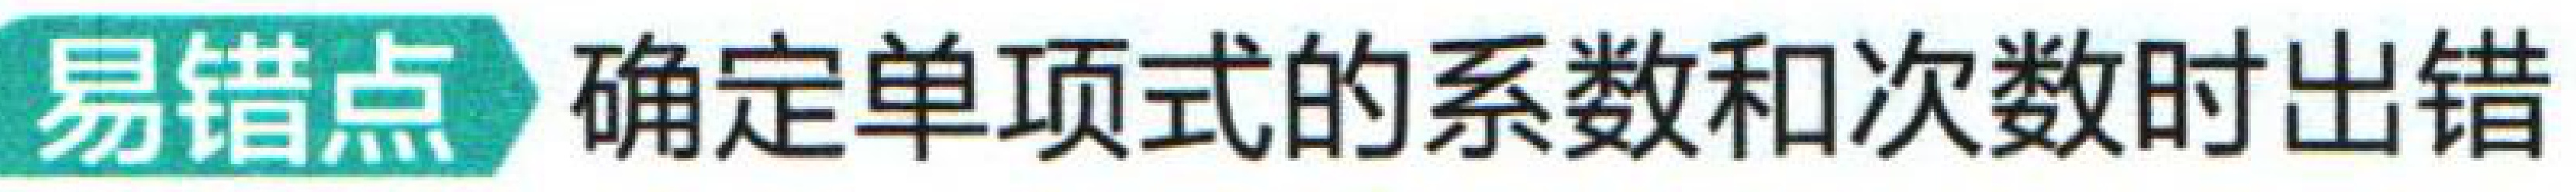
易错点 确定单项式的系数和次数时出错